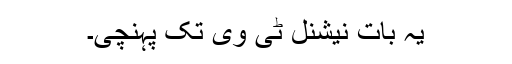
یہ بات نیشنل ٹی وی تک پہنچی۔